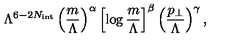
\Lambda ^ { 6 - 2 N _ { \mathrm { i n t } } } \left( \frac { m } { \Lambda } \right) ^ { \alpha } \left[ \log \frac { m } { \Lambda } \right] ^ { \beta } \left( \frac { p _ { \bot } } { \Lambda } \right) ^ { \gamma } ,